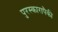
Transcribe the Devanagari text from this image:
पुरस्कारापैकी